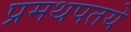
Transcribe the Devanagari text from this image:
प्रमथपतये